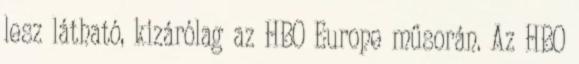
lesz látható, kizárólag az HBO Europe műsorán. Az HBO